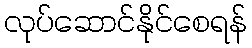
လုပ်ဆောင်နိုင်စေရန်